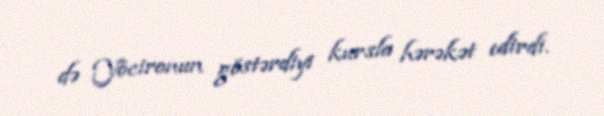
də Yöcironun göstərdiyi kursla hərəkət edirdi.